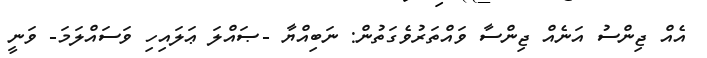
އެއް ޖިންސު އަނެއް ޖިންސާ ވައްތަރުވެގަތުން: ނަބިއްޔާ -ޞައްލަ ޢަލައިހި ވަސައްލަމަ- ވަނީ